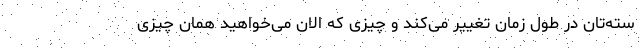
سته‌تان در طول زمان تغییر می‌کند و چیزی که الان می‌خواهید همان چیزی